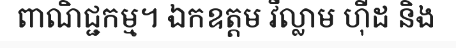
ពាណិជ្ជកម្ម។ ឯកឧត្តម វីល្លាម ហ៊ីដ និង